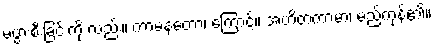
မပွားစီးခြင်းကို လည်း။ ကာမနတော၊ ကြောင့်။ အဟိတကာမာ၊ မည်ကုန်၏။